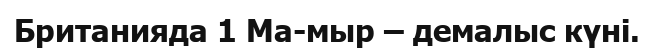
Британияда 1 Ма­мыр – демалыс күні.